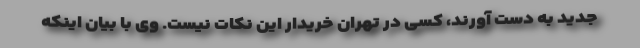
جدید به دست آورند، کسی در تهران خریدار این نکات نیست. وی با بیان اینکه